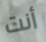
أنت